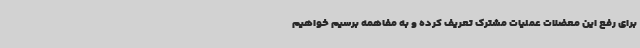
برای رفع این معضلات عملیات مشترک تعریف کرده و به مفاهمه برسیم خواهیم